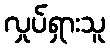
လှုပ်ရှားသူ